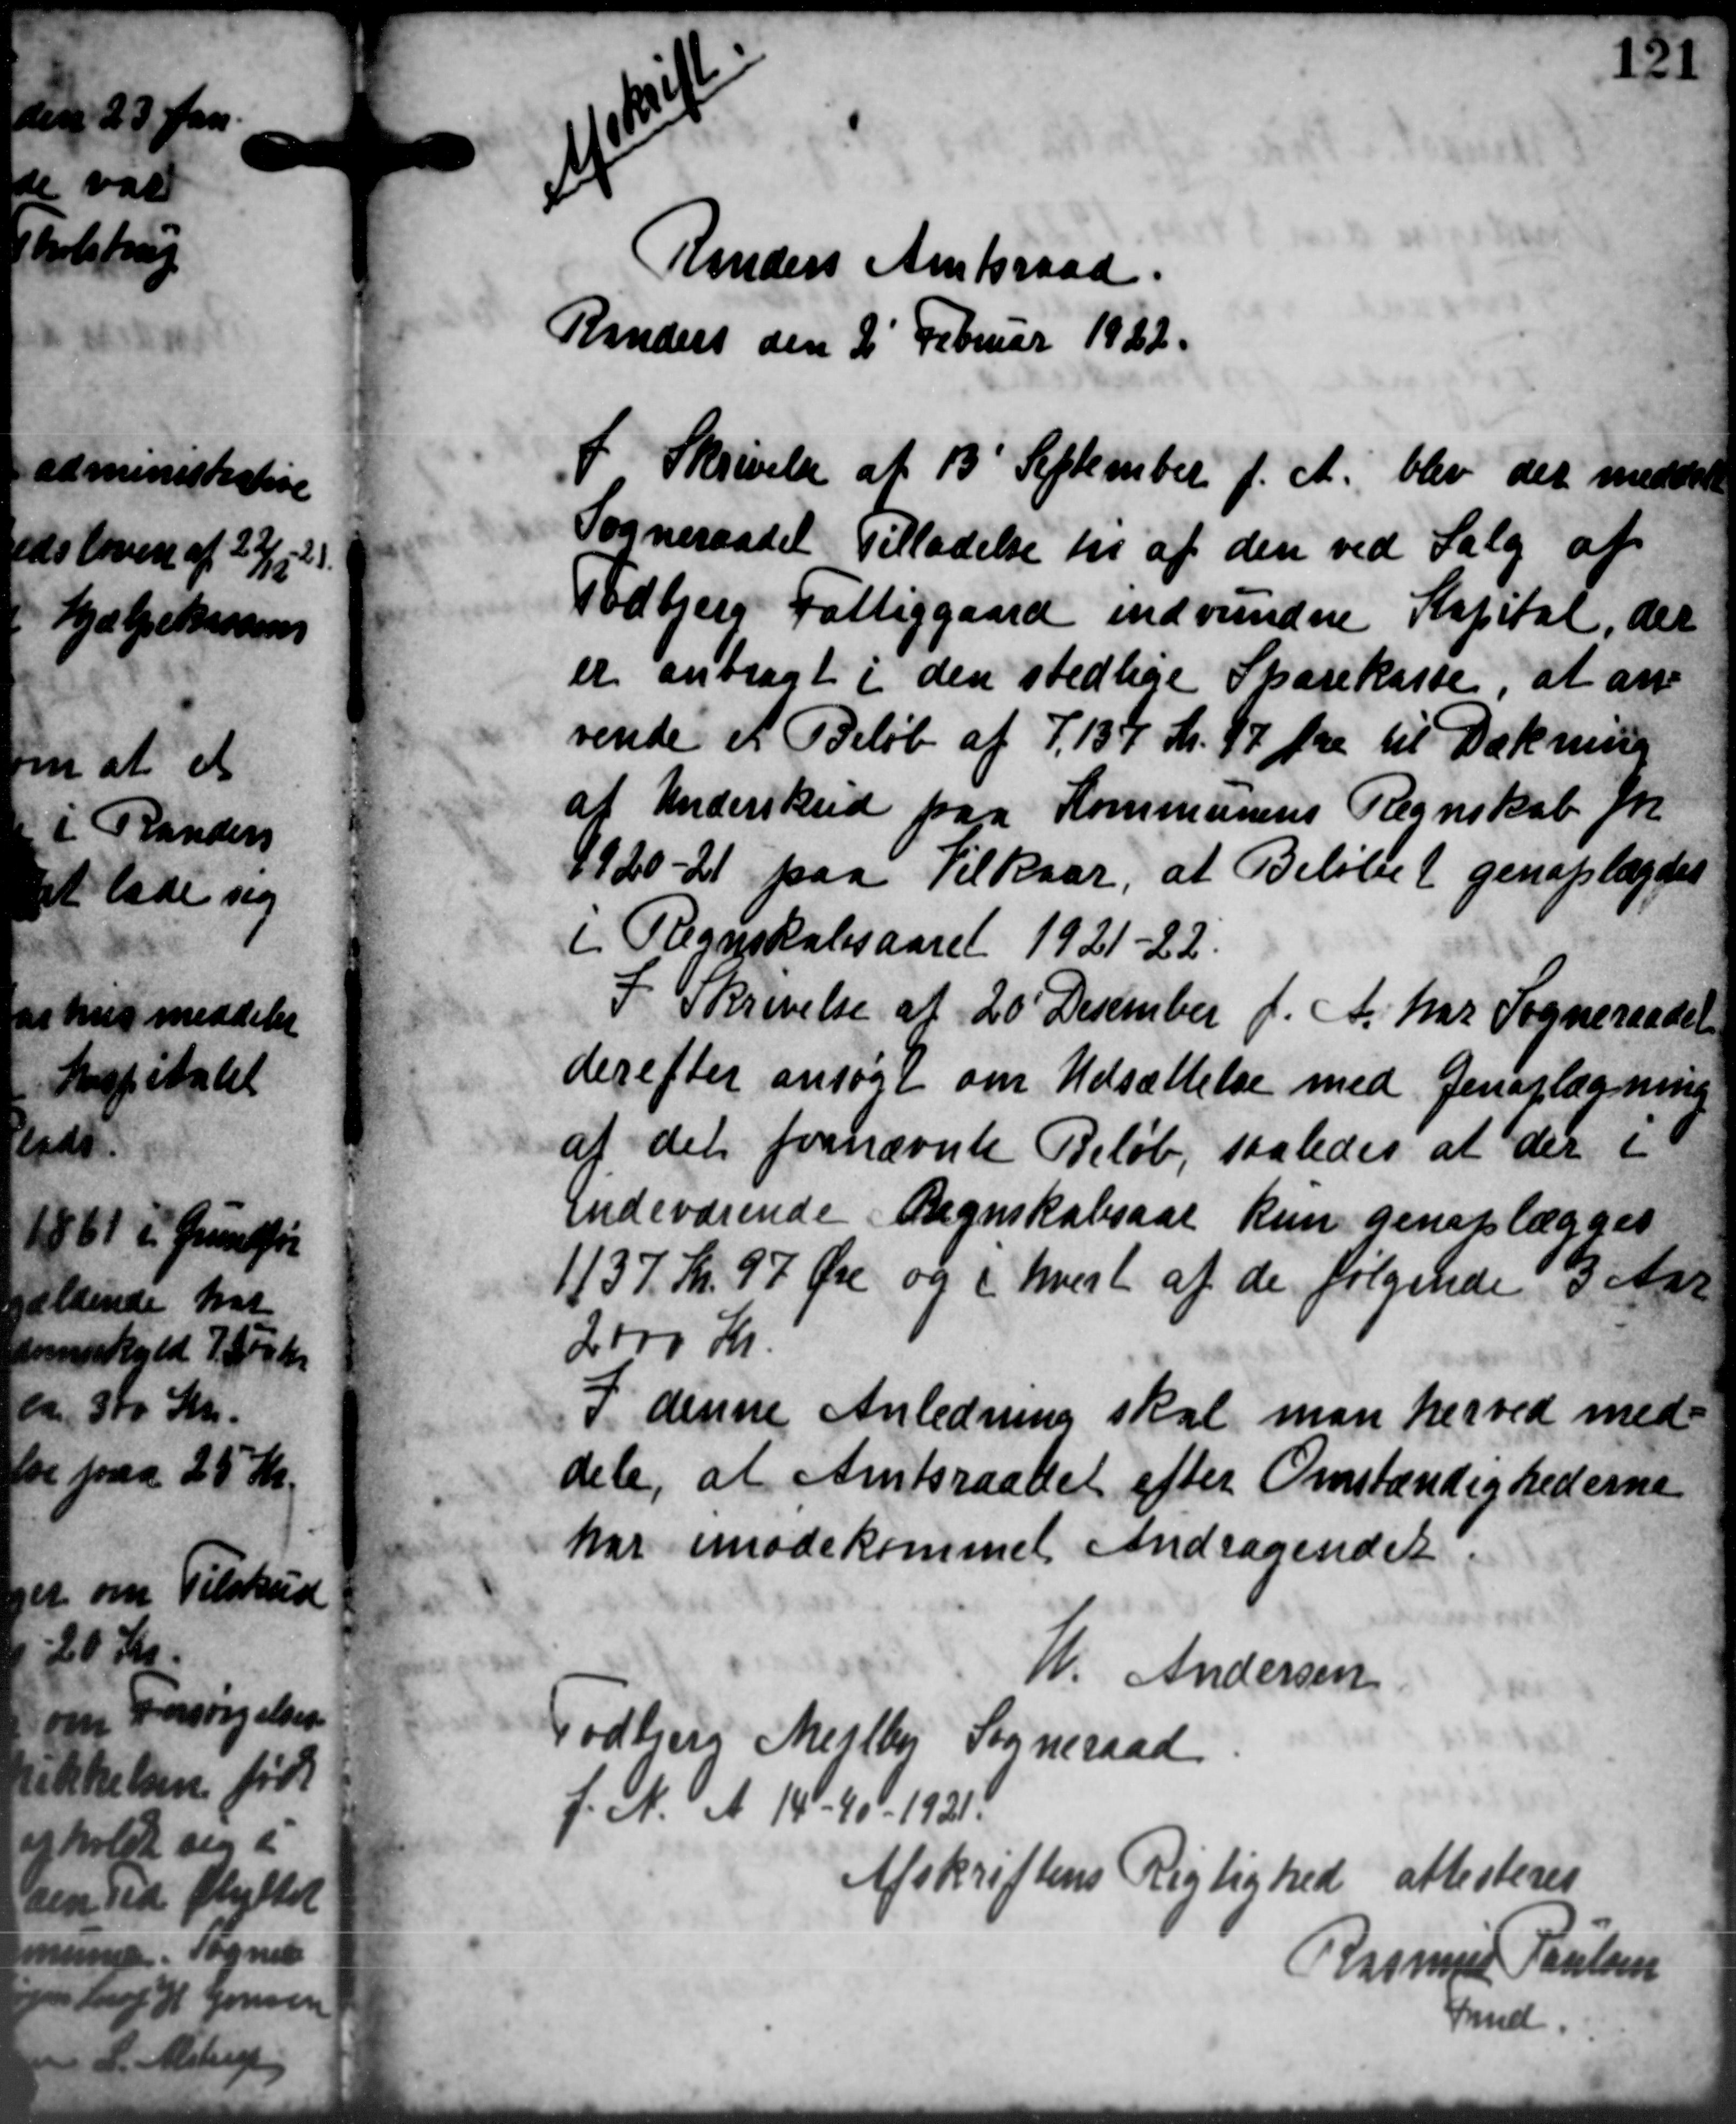
Transskription:
Unders Amtsraad
Randers den 2' Februar 1922.
I Skrivelse af 13' September f. A. blev der meddele
Sogneraadet Tilladelse til af den ved Salg af
Todbjerg Fattiggaard indvundne Kapital, der
er anbragt i den stedlige Sparekasse, at an
vende et Beløb af 7. 134 Kr. 47 Øre til Dækning
af Underskud paa Kommunens Regnskab for
4920-21 paa Vilkaar, at Beløbet genoplagdes
i Regnskabsaaret 1921-22.
I Skrivelse af 20' December f. A. har Sogneraadet
derefter ansøgt om Udsættelse med Genoplægning
af det fornævnte Beløb, saaledes at der i
Indeværende Regnskabsaar kun genelægges
1137 Kr. 97 Øre og i hvert af de følgende 3 Aar
2000 Kr
I denne Anledning skal man herved med
dele, at Amtsraadet efter Omstændighederne
har imødekommet Andragendet
W. Andersen
Todbjerg Mejlby Sogneraad
f. N. A. 14 - 40 - 1921.
Afskriftens Rigtighed attesteres
Rasmus Poulsen
Smed